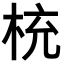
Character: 𣑁